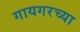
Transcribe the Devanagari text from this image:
गायगरच्या